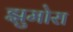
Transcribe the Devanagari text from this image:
झुमोरा